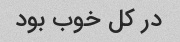
در کل خوب بود